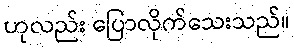
ဟုလည်း ပြောလိုက်သေးသည်။